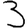
Digit: 3